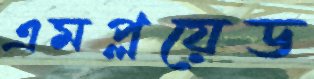
এমপ্লয়েড